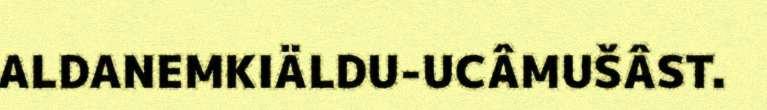
ALDANEMKIÄLDU-UCÂMUŠÂST.